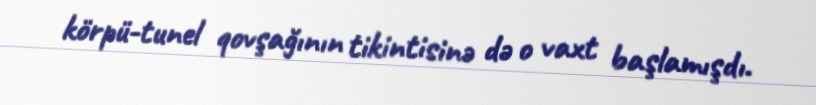
körpü-tunel qovşağının tikintisinə də o vaxt başlamışdı.